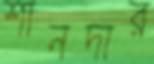
শানদার